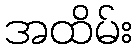
အထိမ်း